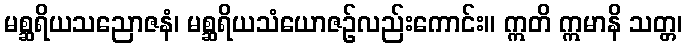
မစ္ဆရိယသညောဇနံ၊ မစ္ဆရိယသံယောဇဉ်လည်းကောင်း။ ဣတိ ဣမာနိ သတ္တ၊